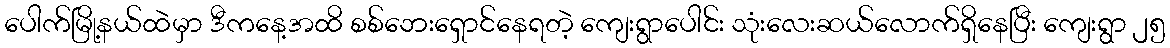
ပေါက်မြို့နယ်ထဲမှာ ဒီကနေ့အထိ စစ်ဘေးရှောင်နေရတဲ့ ကျေးရွာပေါင်း သုံးလေးဆယ်လောက်ရှိနေပြီး ကျေးရွာ ၂၅